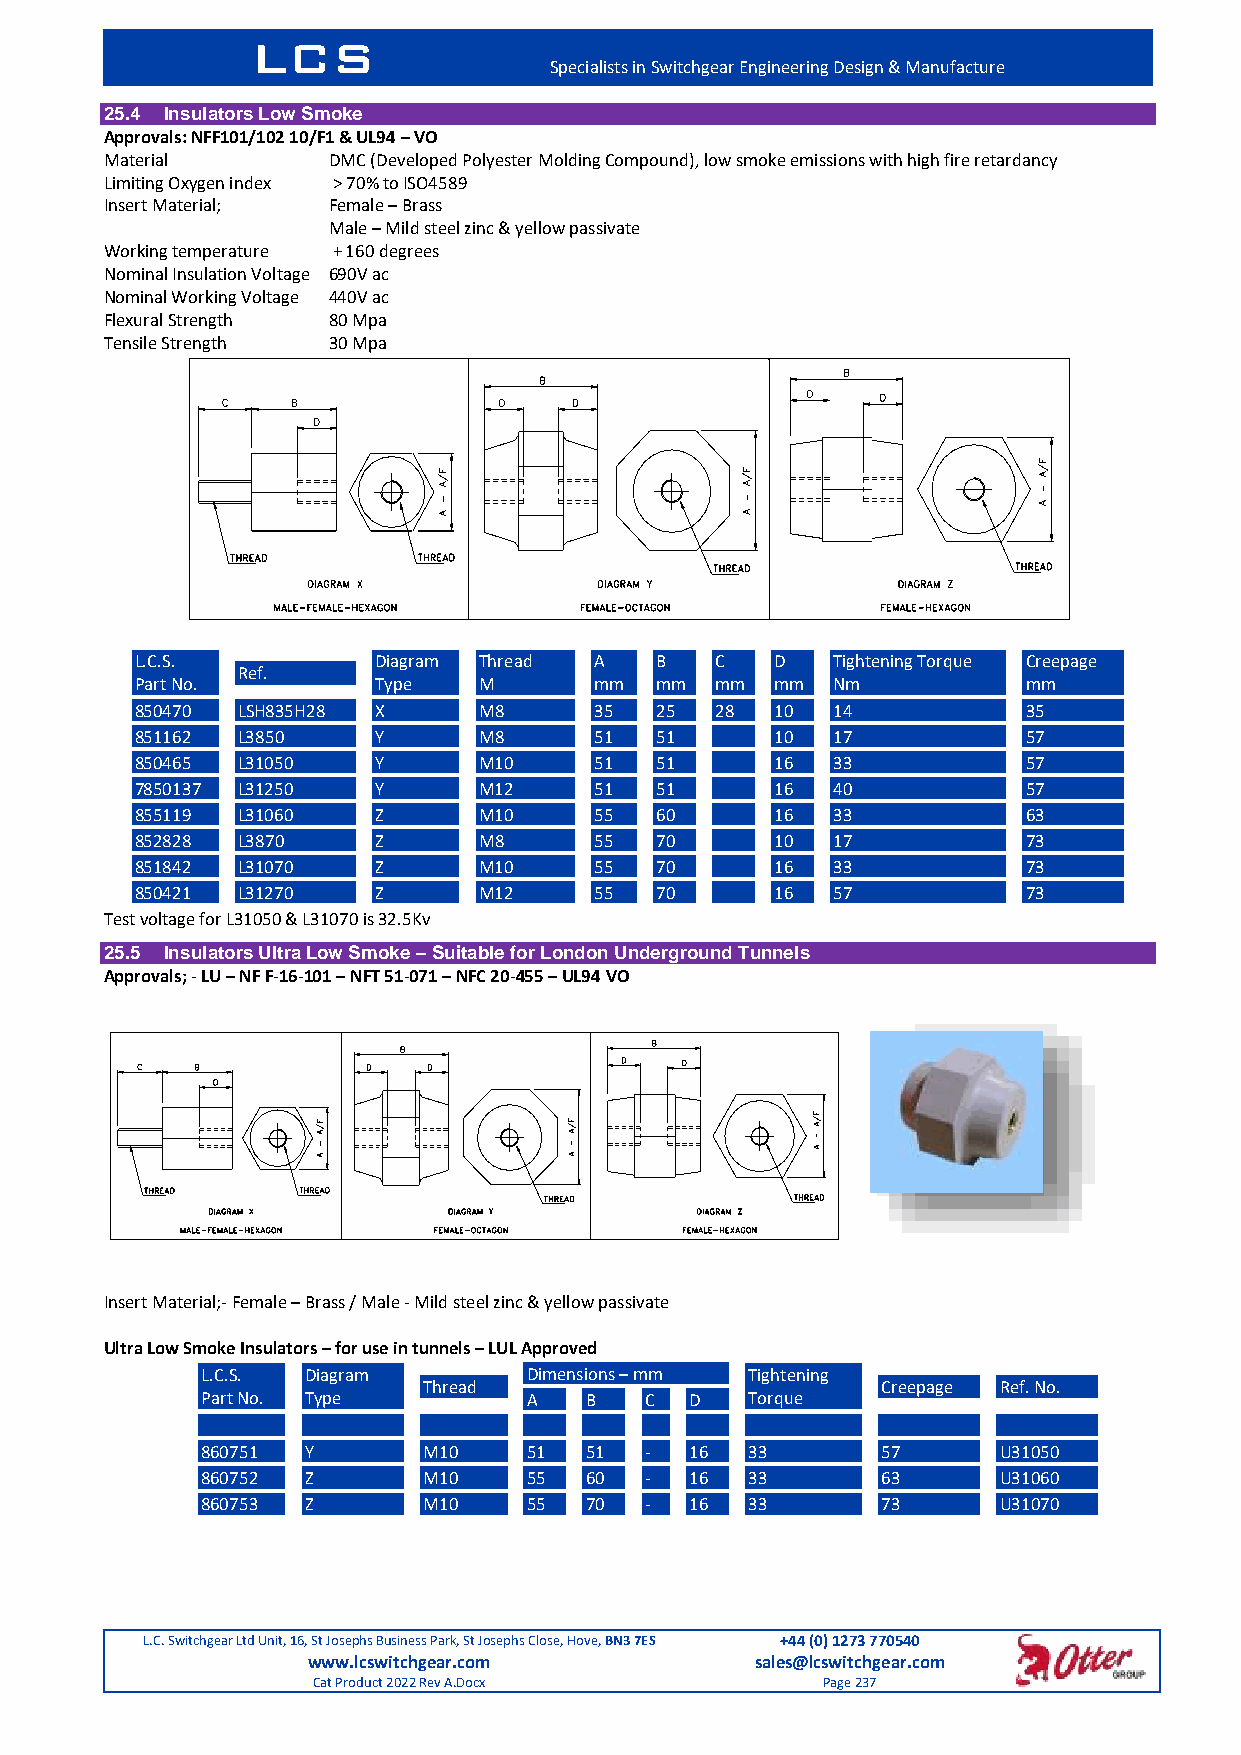
LCS
 Specialists in Switchgear Engineering Design & Manufacture
 25.4 Insulators Low Smoke
 Approvals: NFF101/102 10/F1 & UL94 – VO
 Material       DMC (Developed Polyester Molding Compound), low smoke emissions with high fire retardancy
 Limiting Oxygen index > 70% to ISO4589
 Insert Material; Female – Brass
 Male – Mild steel zinc & yellow passivate
 Working temperature + 160 degrees
 Nominal Insulation Voltage 690V ac
 Nominal Working Voltage 440V ac
 Flexural Strength 80 Mpa
 Tensile Strength 30 Mpa
 L.C.S.          Diagram Thread A  B   C   D   Tightening Torque Creepage
 Ref.
 Part No.        Type   M      mm  mm  mm  mm  Nm           mm
 850470 LSH835H28 X     M8     35  25  28  10  14           35
 851162 L3850    Y      M8     51  51      10  17           57
 850465 L31050   Y      M10    51  51      16  33           57
 7850137 L31250  Y      M12    51  51      16  40           57
 855119 L31060   Z      M10    55  60      16  33           63
 852828 L3870    Z      M8     55  70      10  17           73
 851842 L31070   Z      M10    55  70      16  33           73
 850421 L31270   Z      M12    55  70      16  57           73
 Test voltage for L31050 & L31070 is 32.5Kv
 25.5 Insulators Ultra Low Smoke – Suitable for London Underground Tunnels
 Approvals; - LU – NF F-16-101 – NFT 51-071 – NFC 20-455 – UL94 VO
 Insert Material;- Female – Brass / Male - Mild steel zinc & yellow passivate
 Ultra Low Smoke Insulators – for use in tunnels – LUL Approved
 L.C.S. Diagram        Dimensions – mm Tightening
 Thread                        Creepage Ref. No.
 Part No. Type         A   B   C  D   Torque
 860751 Y       M10    51  51  -  16  33      57      U31050
 860752 Z       M10    55  60  -  16  33      63      U31060
 860753 Z       M10    55  70  -  16  33      73      U31070
 L.C. Switchgear Ltd Unit, 16, St Josephs Business Park, St Josephs Close, Hove, BN3 7ES +44 (0) 1273 770540
 www.lcswitchgear.com          sales@lcswitchgear.com
 Cat Product 2022 Rev A.Docx      Page 237